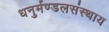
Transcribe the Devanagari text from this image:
धनुर्मण्डलसंस्थाय